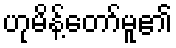
ဟုမိန့်တော်မူ၏